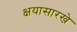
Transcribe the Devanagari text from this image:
क्षयासारखे